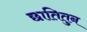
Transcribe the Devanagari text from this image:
छातितुन